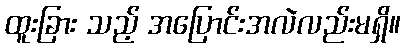
ထူးခြား သည့် အပြောင်းအလဲလည်းမရှိ။